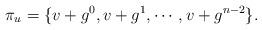
LaTeX: \begin{align*}\pi_u=\{v+g^0,v+g^1,\cdots,v+g^{n-2}\}.\end{align*}